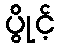
ပွိုင့်